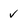
Character: v